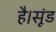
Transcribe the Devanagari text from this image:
है।सूंड